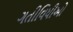
ગતીવિધીઓ